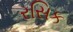
રસિક